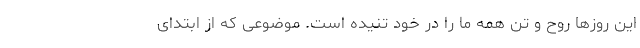
این روزها روح و تن همه ما را در خود تنیده است. موضوعی که از ابتدای